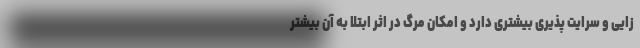
زایی و سرایت پذیری بیشتری دارد و امکان مرگ در اثر ابتلا به آن بیشتر